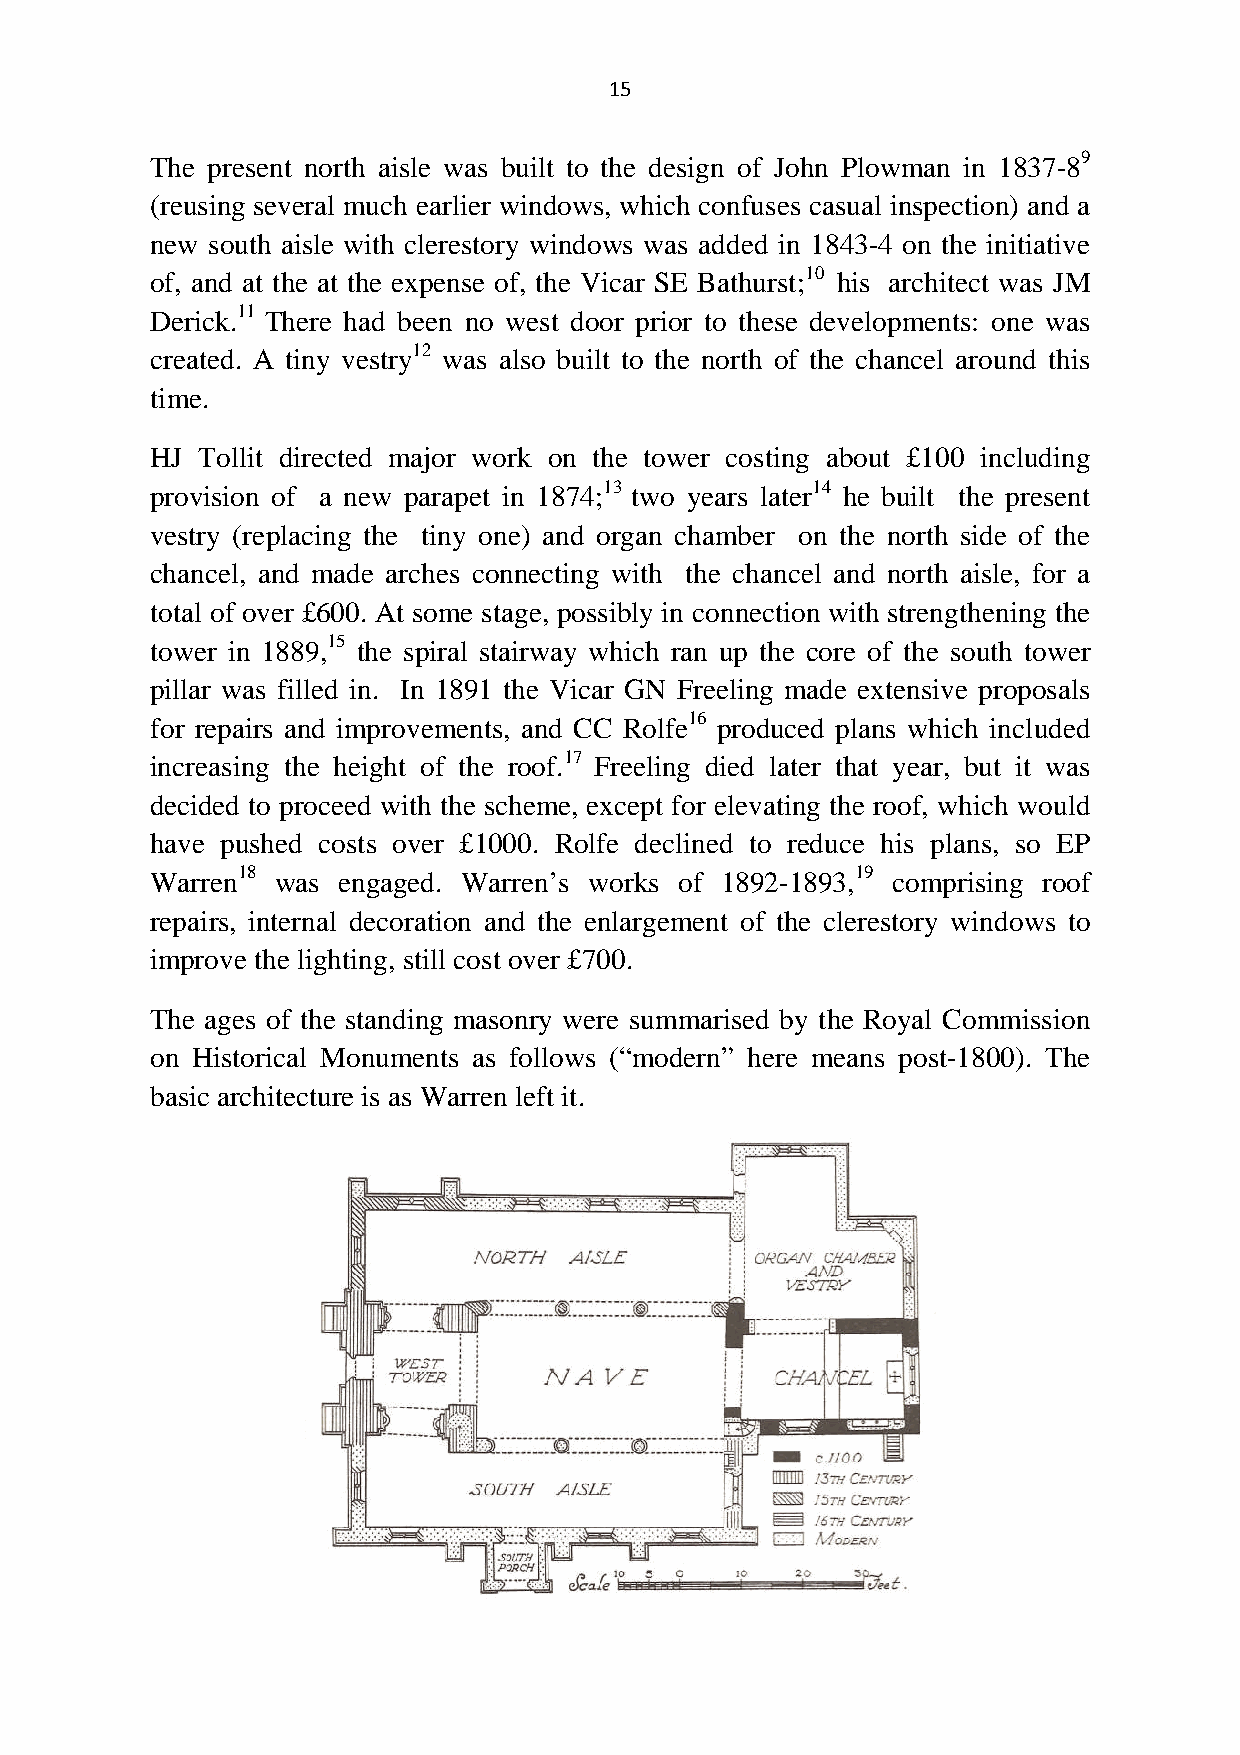
15
 The present north aisle was built to the design of John Plowman in 1837-89
 (reusing several much earlier windows, which confuses casual inspection) and a
 new south aisle with clerestory windows was added in 1843-4 on the initiative
 of, and at the at the expense of, the Vicar SE Bathurst;10 his architect was JM
 Derick.11 There had been no west door prior to these developments: one was
 created. A tiny vestry12 was also built to the north of the chancel around this
 time.
 HJ Tollit directed major work on the tower costing about £100 including
 provision of a new parapet in 1874;13 two years later14 he built the present
 vestry (replacing the tiny one) and organ chamber on the north side of the
 chancel, and made arches connecting with the chancel and north aisle, for a
 total of over £600. At some stage, possibly in connection with strengthening the
 tower in 1889,15 the spiral stairway which ran up the core of the south tower
 pillar was filled in. In 1891 the Vicar GN Freeling made extensive proposals
 for repairs and improvements, and CC Rolfe16 produced plans which included
 increasing the height of the roof.17 Freeling died later that year, but it was
 decided to proceed with the scheme, except for elevating the roof, which would
 have pushed costs over £1000. Rolfe declined to reduce his plans, so EP
 Warren18 was engaged. Warren’s works of 1892-1893,19 comprising roof
 repairs, internal decoration and the enlargement of the clerestory windows to
 improve the lighting, still cost over £700.
 The ages of the standing masonry were summarised by the Royal Commission
 on Historical Monuments as follows (“modern” here means post-1800). The
 basic architecture is as Warren left it.